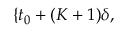
\{ t _ { 0 } + ( K + 1 ) \delta ,